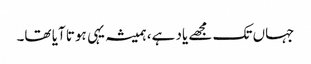
جہاں تک مجھے یاد ہے، ہمیشہ یہی ہوتا آیا تھا۔